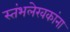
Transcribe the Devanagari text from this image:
स्तंभलेखकांना